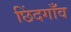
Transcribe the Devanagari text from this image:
छिंदगाँव